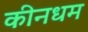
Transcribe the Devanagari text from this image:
कीनधम